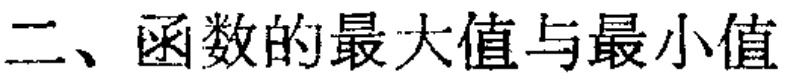
二、函数的最大值与最小值